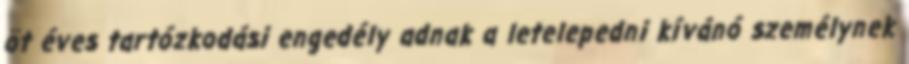
öt éves tartózkodási engedély adnak a letelepedni kívánó személynek